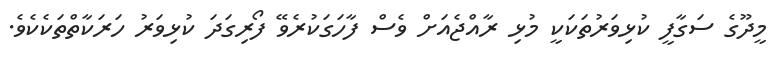
މީދޫގެ ސަގާފީ ކުޅިވަރުތަކަކީ މުޅި ރާއްޖެއަށް ވެސް ފާހަގަކުރެވޭ ފޯރިގަދަ ކުޅިވަރު ހަރަކާތްތަކެކެވެ.